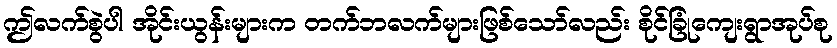
ဤလက်စွဲပါ အိုင်းယွန်းများက တက်ဘလက်များဖြစ်သော်လည်း စိုင်ခြုံကျေးရွာအုပ်စု